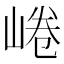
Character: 𡸩